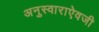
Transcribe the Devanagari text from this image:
अनुस्वाराऐवजी